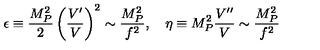
\epsilon \equiv \frac { M _ { P } ^ { 2 } } { 2 } \left( \frac { V ^ { \prime } } { V } \right) ^ { 2 } \sim \frac { M _ { P } ^ { 2 } } { f ^ { 2 } } , \quad \eta \equiv M _ { P } ^ { 2 } \frac { V ^ { \prime \prime } } { V } \sim \frac { M _ { P } ^ { 2 } } { f ^ { 2 } }